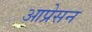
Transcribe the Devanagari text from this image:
आप्रेसन